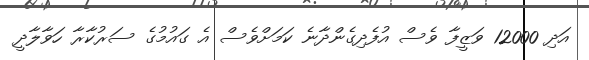
އަދި 12000 ވަޒީފާ ވެސް އުފެދިގެންދާނެ ކަމަށްވެސް އެ ގައުމުގެ ސަރުކާރާ ހަވާލާދީ